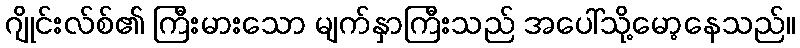
ဂျိုင်းလ်စ်၏ ကြီးမားသော မျက်နှာကြီးသည် အပေါ်သို့မော့နေသည်။